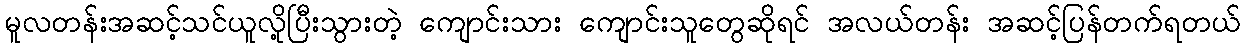
မူလတန်းအဆင့်သင်ယူလို့ပြီးသွားတဲ့ ကျောင်းသား ကျောင်းသူတွေဆိုရင် အလယ်တန်း အဆင့်ပြန်တက်ရတယ်